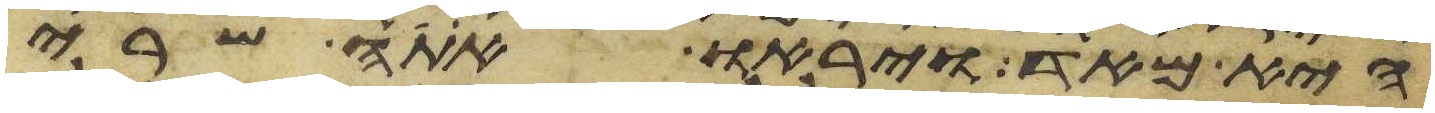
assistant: היא מאד ויראו אתה שרי